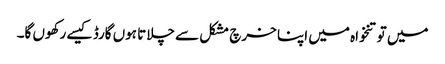
میں تو تنخواہ میں اپنا خرچ مشکل سے چلاتا ہوں گارڈ کیسے رکھوں گا۔